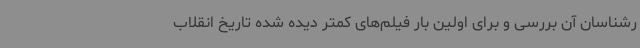
رشناسان آن بررسی و برای اولین بار فیلم‌های کمتر دیده شده تاریخ انقلاب